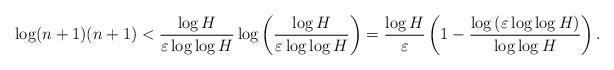
LaTeX: \begin{align*} \log(n+1)(n+1) < \frac{\log H}{\varepsilon\log\log H}\log\left(\frac{\log H}{\varepsilon\log\log H}\right)=\frac{\log H}{\varepsilon}\left(1-\frac{\log\left(\varepsilon\log\log H\right)}{\log\log H}\right).\end{align*}